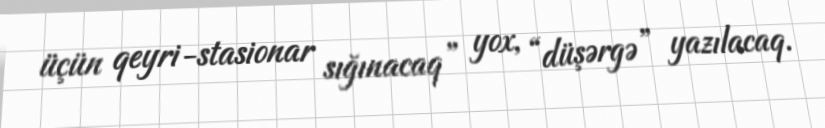
üçün qeyri-stasionar sığınacaq” yox, “düşərgə” yazılacaq.